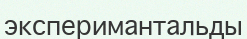
эксперимантальды